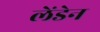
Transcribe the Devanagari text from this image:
लेंडेन